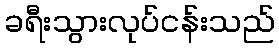
ခရီးသွားလုပ်ငန်းသည်